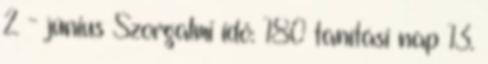
2 - június Szorgalmi idő: 180 tanítási nap 13.